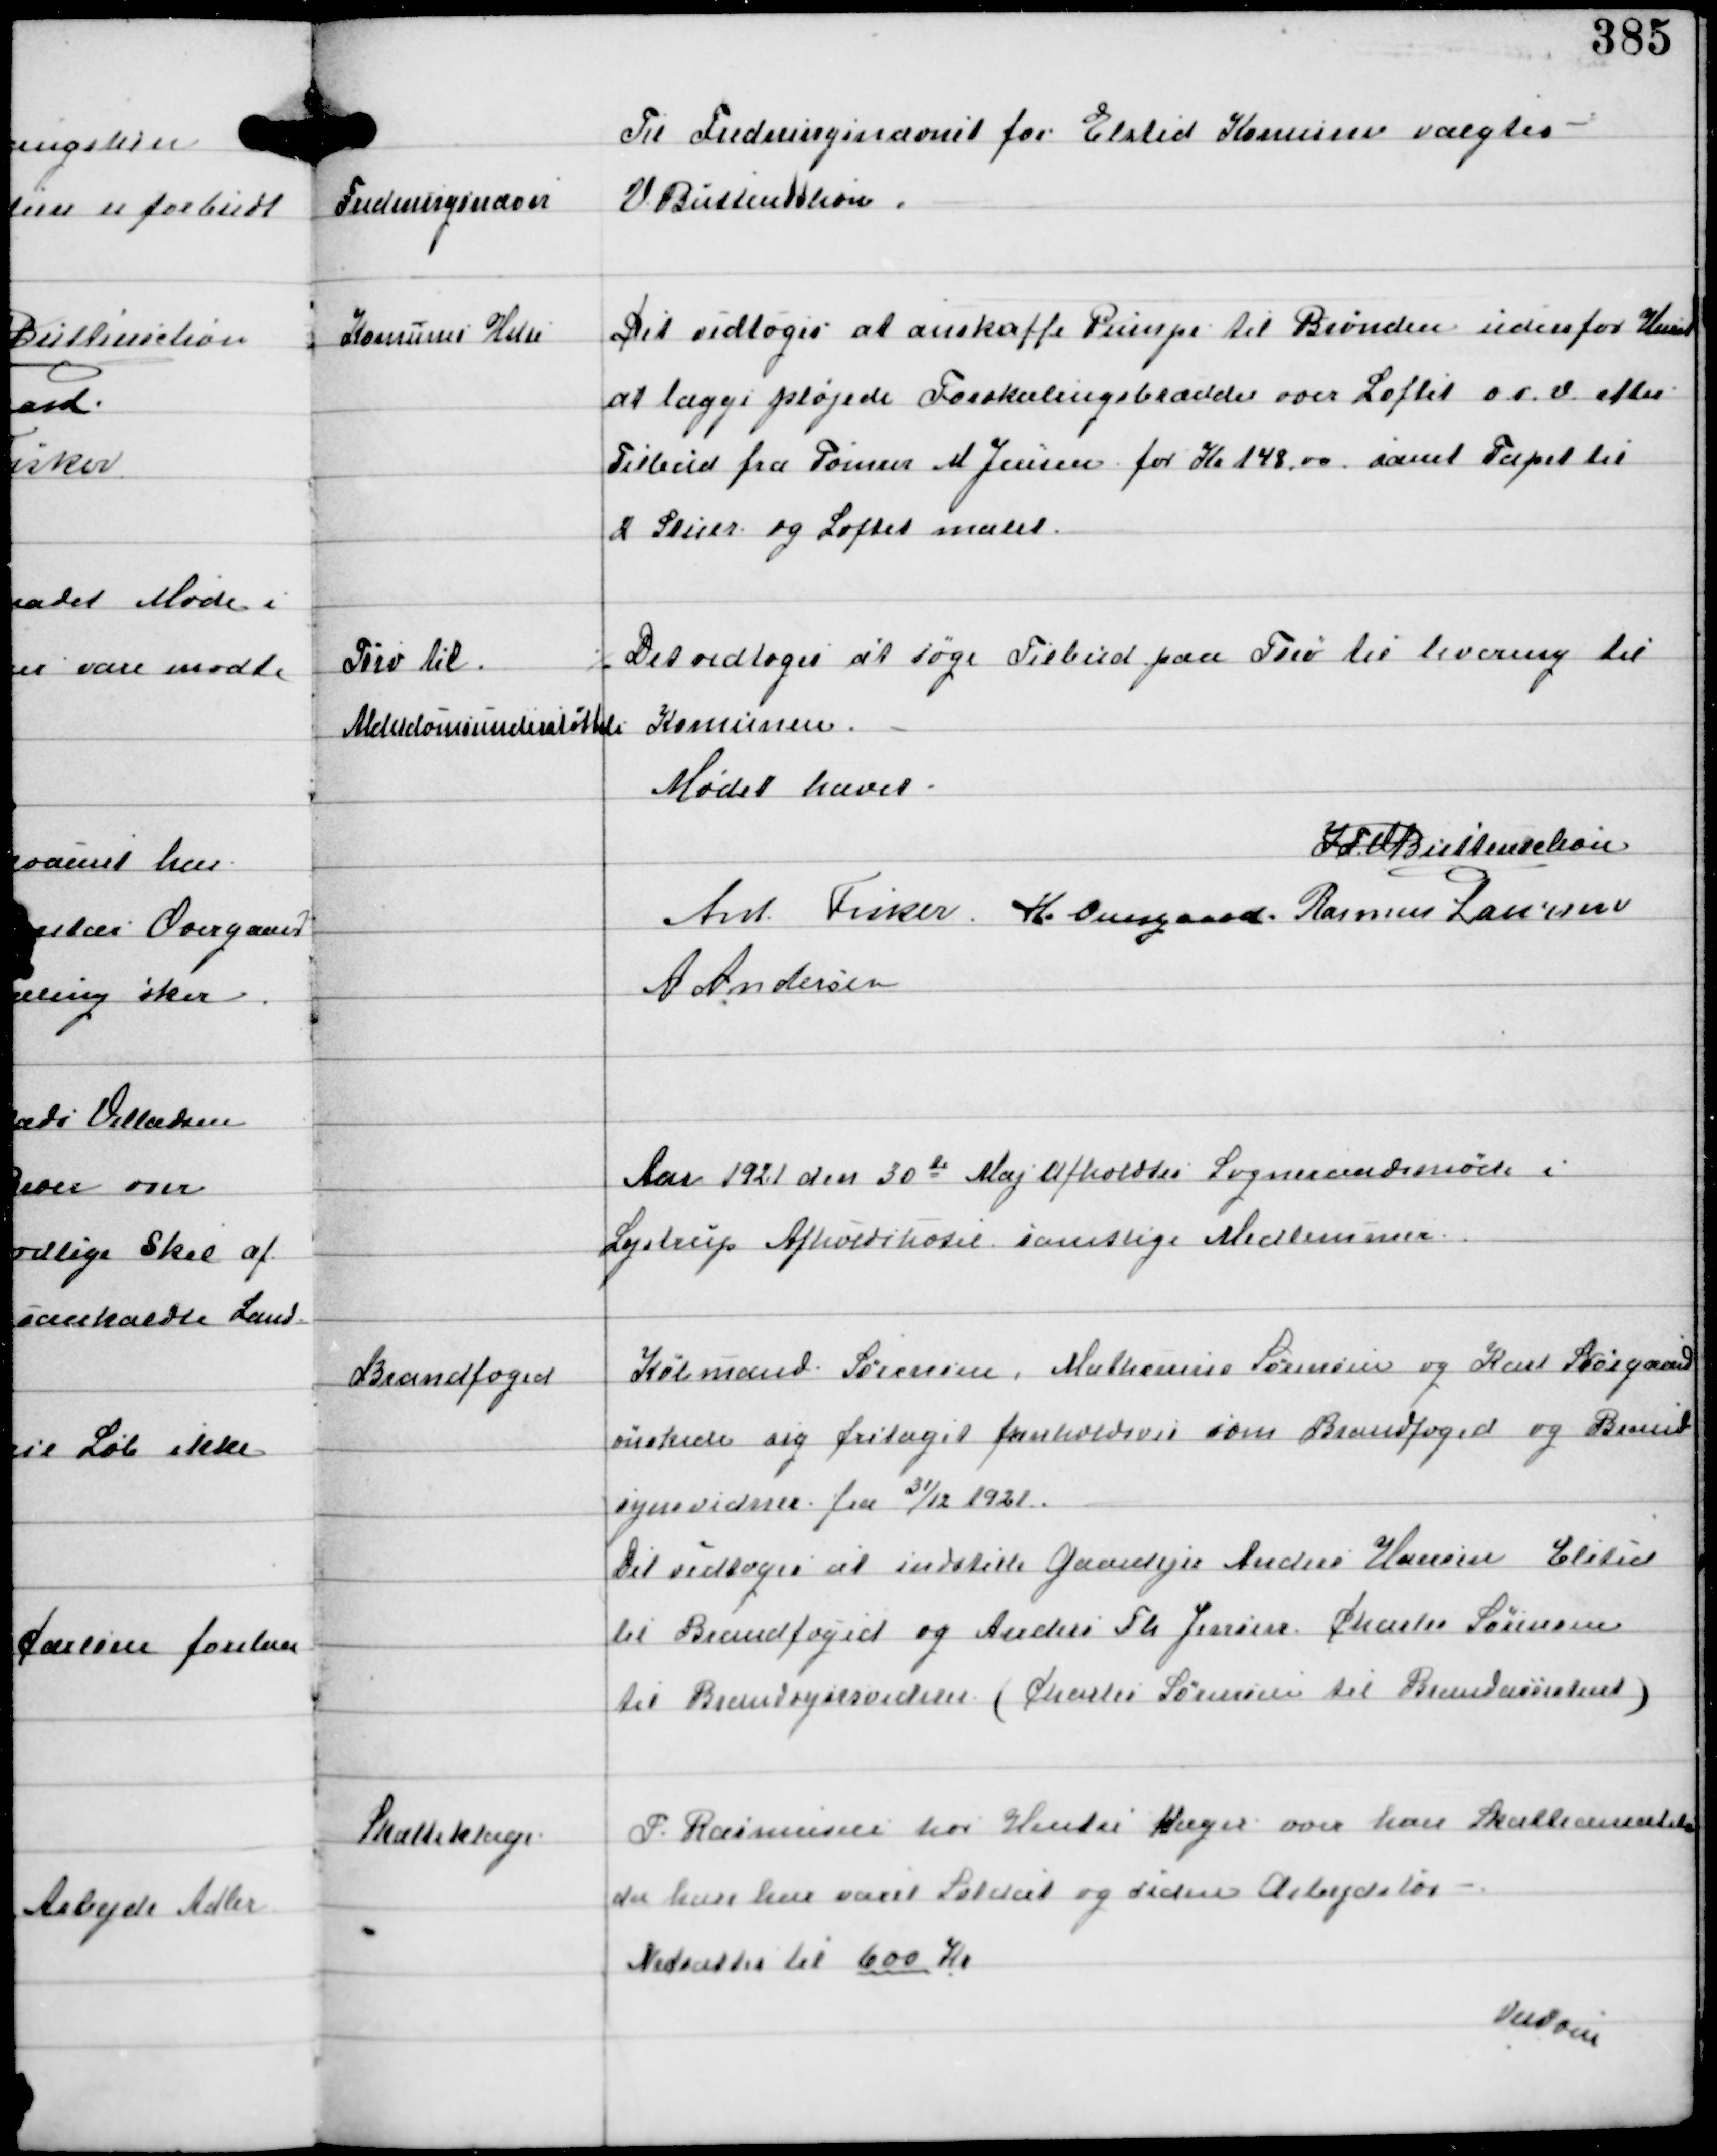
Transskription:
Fredningsnævn

Til Fredningsnævnet for Elsted Komune valgtes
V Buttenschøn.

Komunens Huse

Det vedtoges at anskaffe Pumpe til Brønden udenfor Huset
at lægge pløjede Forskalingsbrædder over Loftet o.s.v. efter
Tilbud fra Tømrer M Jensen for Kr 148,00 samt Tapet til
2 Stuer og Loftet malet.

Tørv til
Alderdomsunderstøttede

Det vedtoges at søge Tilbud paa Tørv til levering til
Komunen

Mødet hævet.
IFV Buttenschøn
Ant Fisker H. Overgaard Rasmus Laursen
A Andersen

Aar 1921 den 30de Maj afholdtes Sogneraadsmøde i
Lystrup Afholdshotel samtlige Medlemmer -

Brandfoged

Købmand Sørensen Mathensen Sørensen og Karl Skovgaard
ønskede sig fritaget henholdsvis som Brandfoged og Brand-
synsvidne fra 31/12 1921.
Det vedtoges at indstille Gaardejer Anders Hansen Elsted
til Brandfoged og Anders Th. Jensen Charles Sørensen
til Brandsynsvidner (Charles Sørensen til Brandassistent)

Skatteklage.

P. Rasmussens har Hustru Klager over hans Skatteansættelse
da han har været Soldat og uden Arbejdsløn
Nedsattes til 600 Kr